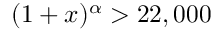
( 1 + x ) ^ { \alpha } > 2 2 , 0 0 0